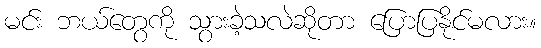
မင်း ဘယ်တွေကို သွားခဲ့သလဲဆိုတာ ပြောပြနိုင်မလား။